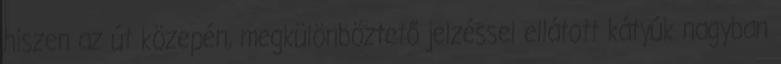
hiszen az út közepén, megkülönböztető jelzéssel ellátott kátyúk nagyban